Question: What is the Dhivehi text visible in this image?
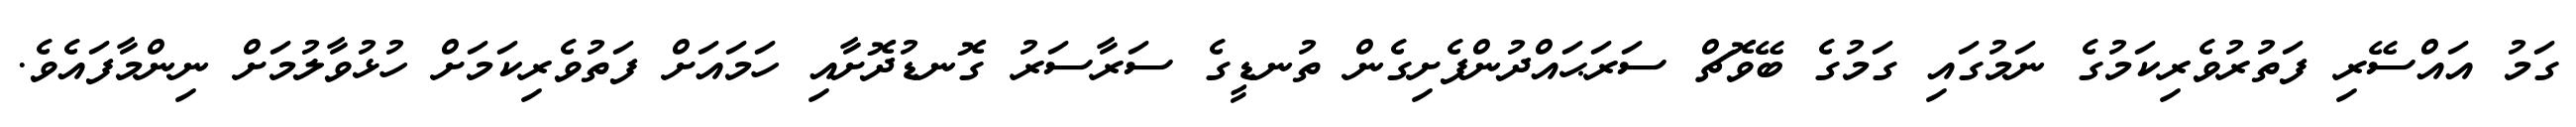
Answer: ގަމު އައްސޭރި ފަތުރުވެރިކަމުގެ ނަމުގައި ގަމުގެ ބޭވޮޗް ސަރަޙައްދުންފެށިގެން ތުނޑީގެ ސަރާސަރު ގޮނޑުދޮށާއި ހަމައަށް ފަތުވެރިކަމަށް ހުޅުވާލުމަށް ނިންމާފައެވެ.